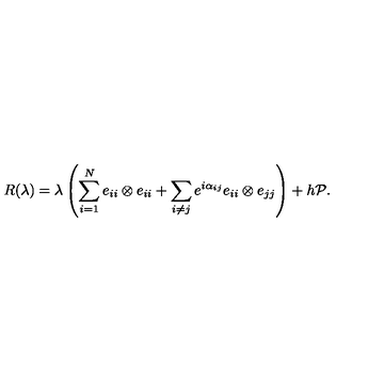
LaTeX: R ( \lambda ) = \lambda \left( \sum _ { i = 1 } ^ { N } e _ { i i } \otimes e _ { i i } + \sum _ { i \neq j } e ^ { i \alpha _ { i j } } e _ { i i } \otimes e _ { j j } \right) + h { \cal P } .